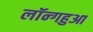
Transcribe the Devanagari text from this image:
लॉन्गहुआ